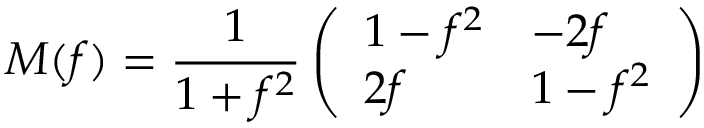
M ( f ) = \frac { 1 } { 1 + f ^ { 2 } } \left( \begin{array} { l l } { { 1 - f ^ { 2 } } } & { { - 2 f } } \\ { { 2 f } } & { { 1 - f ^ { 2 } } } \end{array} \right)